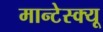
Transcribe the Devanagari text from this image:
मान्टेस्क्यू